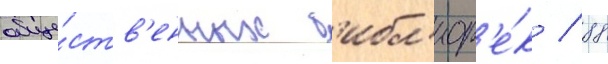
обще́ств'енных б'ибл'иот'е́к / 88